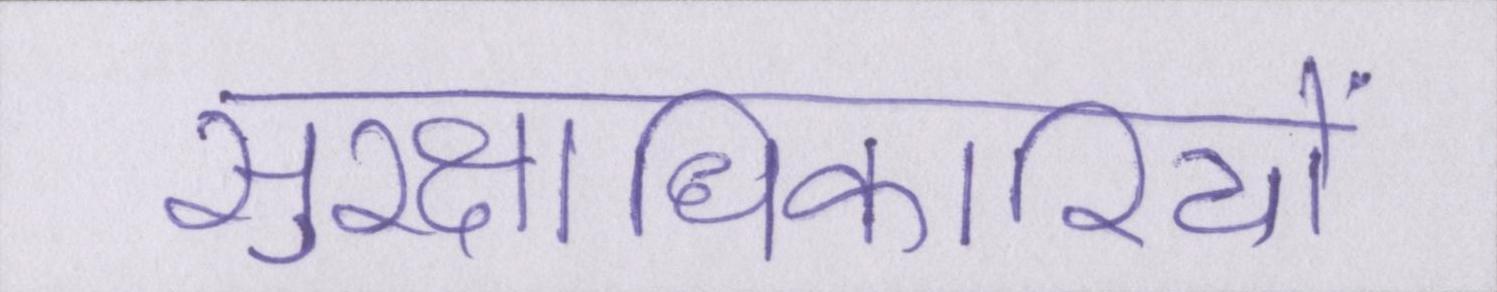
सुरक्षाधिकारियों